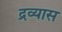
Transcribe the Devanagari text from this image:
द्रव्यास